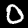
Digit: 0